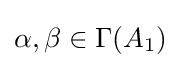
\alpha ,\beta \in \Gamma (A_{1})